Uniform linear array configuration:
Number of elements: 32
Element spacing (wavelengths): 0.25
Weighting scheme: cosine
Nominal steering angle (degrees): -15
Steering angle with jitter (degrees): -15.319
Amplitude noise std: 0.05
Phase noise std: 0.05

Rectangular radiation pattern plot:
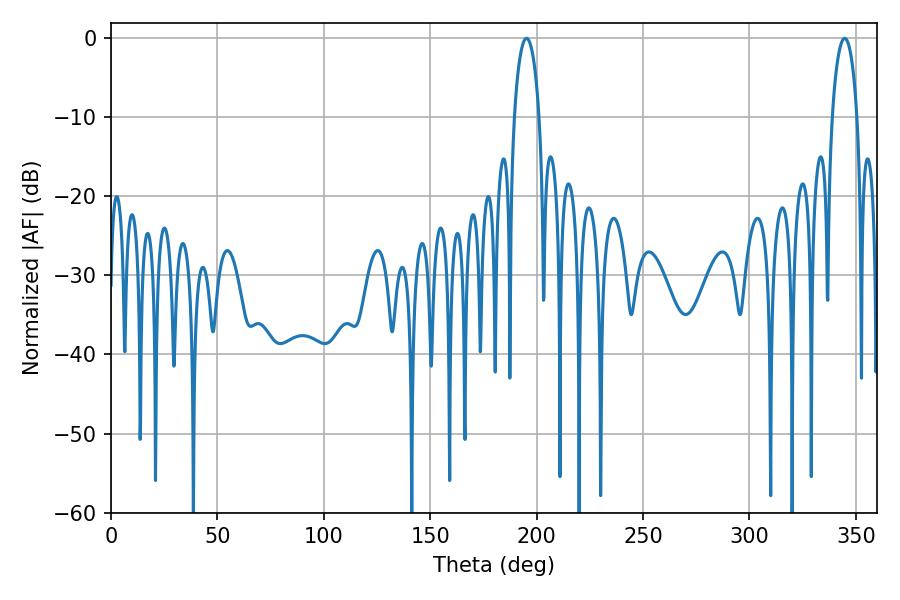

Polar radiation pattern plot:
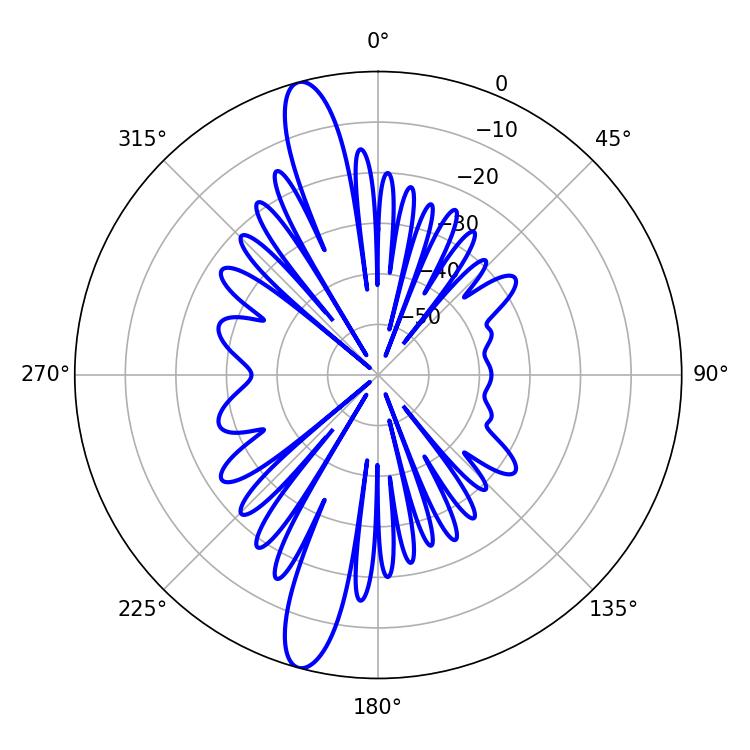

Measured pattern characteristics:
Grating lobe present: FALSE
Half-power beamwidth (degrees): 6.66
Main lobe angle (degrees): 344.7